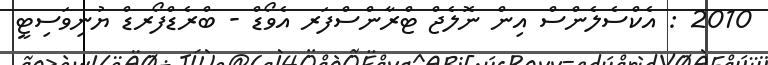
2010 : އެކްސެލެންސް އިން ނޮލެޖް ޓްރާންސްފަރ އެވޯޑް - ބްރެޑްފޯރޑް ޔުނިވަސިޓީ